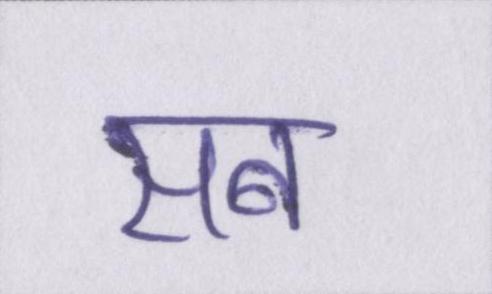
सब